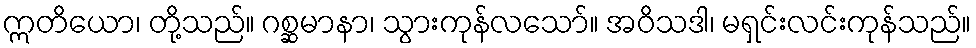
ဣတိယော၊ တို့သည်။ ဂစ္ဆမာနာ၊ သွားကုန်လသော်။ အဝိသဒါ၊ မရှင်းလင်းကုန်သည်။